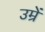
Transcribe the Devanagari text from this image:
उम्रें